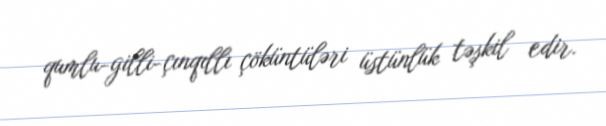
qumlu-gilli-çınqıllı çöküntüləri üstünlük təşkil edir.